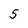
Character: 5